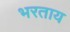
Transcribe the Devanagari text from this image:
भरताय